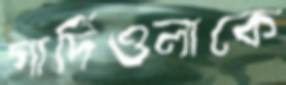
গার্দিওলাকে